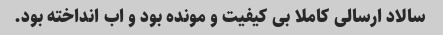
سالاد ارسالی کاملا بی کیفیت و مونده بود و اب انداخته بود.